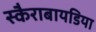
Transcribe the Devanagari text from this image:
स्कैराबायडिया